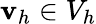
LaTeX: {\mathbf v}_{h}\in V_{h}